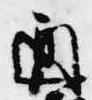
通